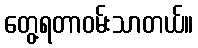
တွေ့ရတာဝမ်းသာတယ်။